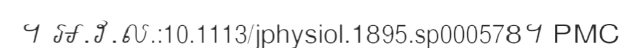
។ អ.វ.ល.:10.1113/jphysiol.1895.sp000578។ PMC